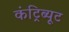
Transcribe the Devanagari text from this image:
कंट्रिब्यूट